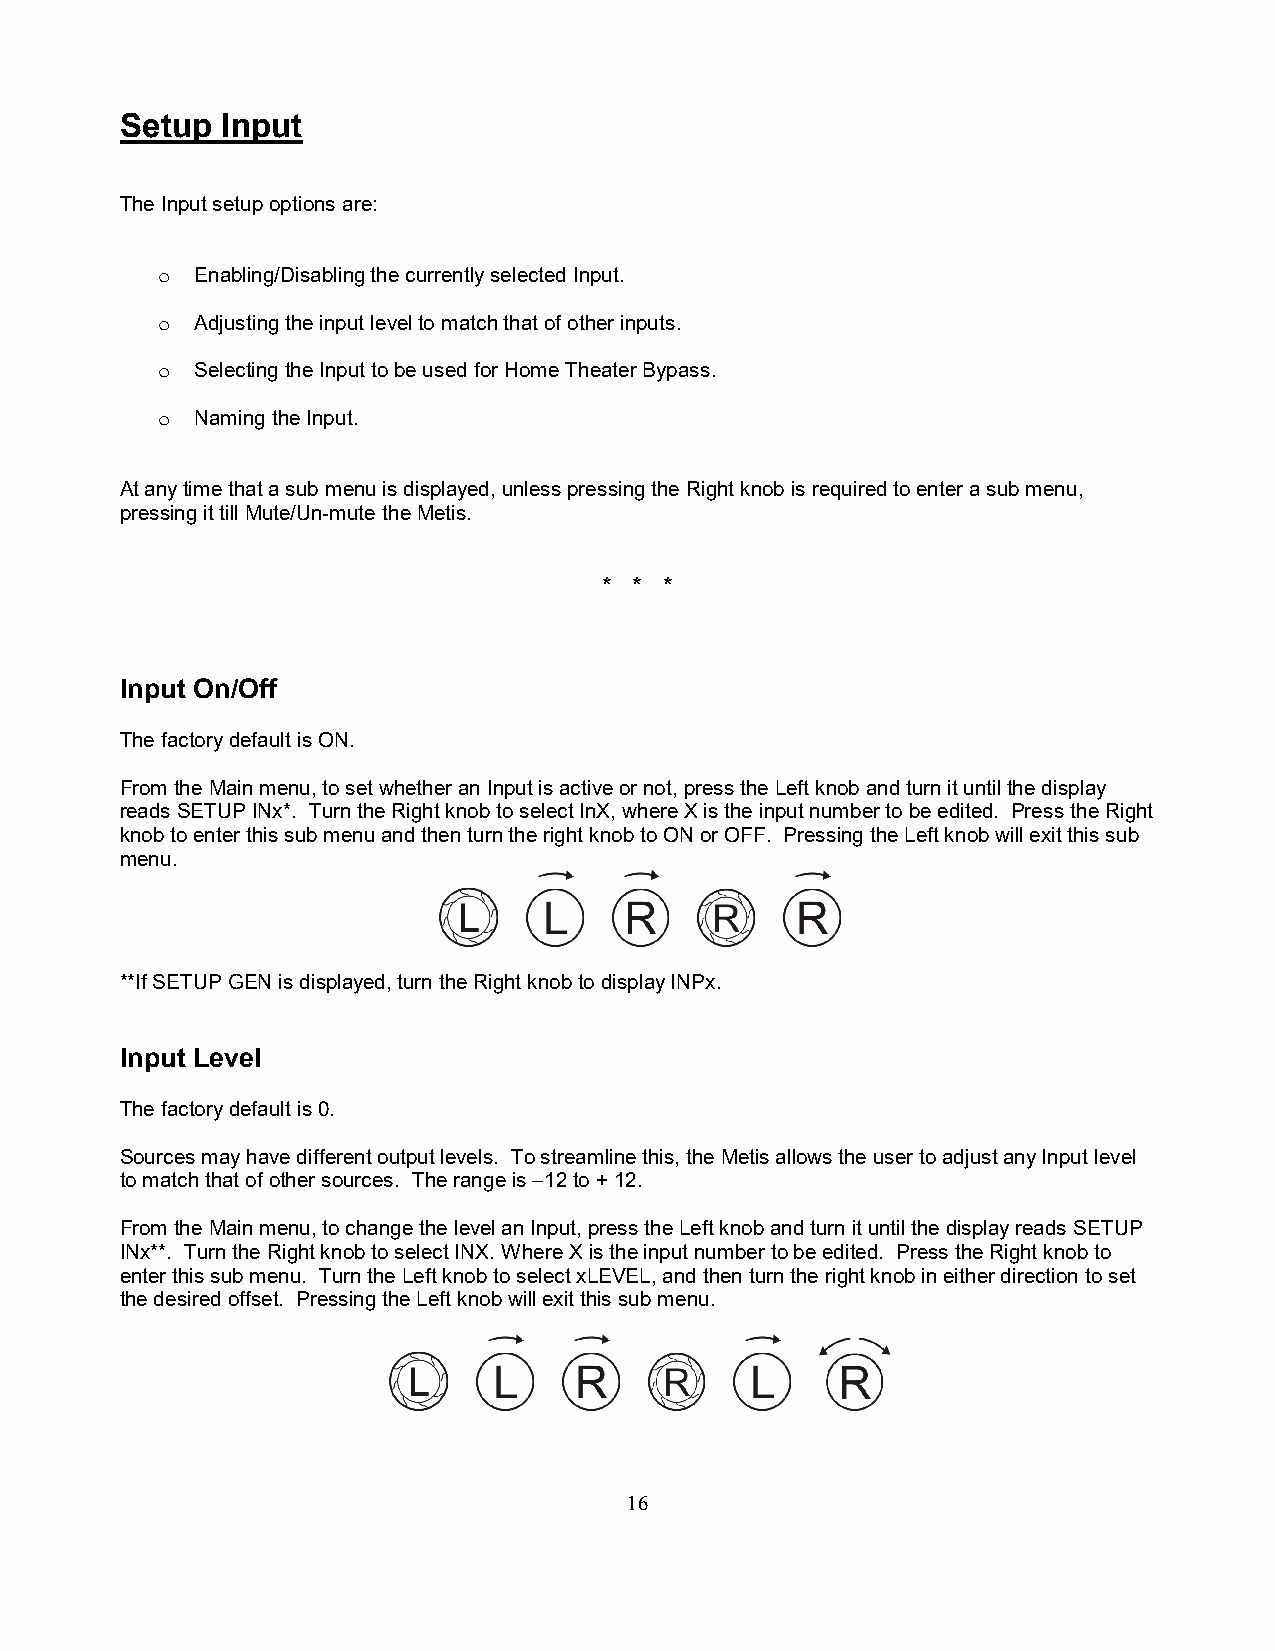
Setup  Input
 The Input setup options are:
 o  Enabling/Disabling the currently selected Input.
 o  Adjusting the input level to match that of other inputs.
 o  Selecting the Input to be used for Home Theater Bypass.
 o  Naming the Input.
 At any time that a sub menu is displayed, unless pressing the Right knob is required to enter a sub menu,
 pressing it till Mute/Un-mute the Metis.
 * * *
 Input On/Off
 The factory default is ON.
 From the Main menu, to set whether an Input is active or not, press the Left knob and turn it until the display
 reads SETUP INx*. Turn the Right knob to select InX, where X is the input number to be edited. Press the Right
 knob to enter this sub menu and then turn the right knob to ON or OFF. Pressing the Left knob will exit this sub
 menu.
 **If SETUP GEN is displayed, turn the Right knob to display INPx.
 Input Level
 The factory default is 0.
 Sources may have different output levels. To streamline this, the Metis allows the user to adjust any Input level
 to match that of other sources. The range is –12 to + 12.
 From the Main menu, to change the level an Input, press the Left knob and turn it until the display reads SETUP
 INx**. Turn the Right knob to select INX. Where X is the input number to be edited. Press the Right knob to
 enter this sub menu. Turn the Left knob to select xLEVEL, and then turn the right knob in either direction to set
 the desired offset. Pressing the Left knob will exit this sub menu.
 1 6